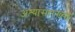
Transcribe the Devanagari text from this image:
अश्यांसारख्या